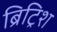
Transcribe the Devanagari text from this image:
ब्रिट्रिश